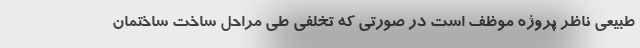
طبیعی ناظر پروژه موظف است در صورتی که تخلفی طی مراحل ساخت ساختمان